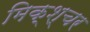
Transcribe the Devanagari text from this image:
मिक्‍श्‍चर